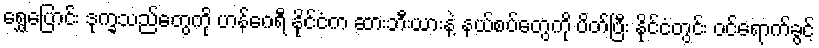
ရွှေ့ပြောင်း ဒုက္ခသည်တွေကို ဟန်ဂေရီ နိုင်ငံက ဆားဘီးယားနဲ့ နယ်စပ်တွေကို ပိတ်ပြီး နိုင်ငံတွင်း ဝင်ရောက်ခွင့်